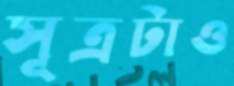
সূত্রটাও